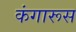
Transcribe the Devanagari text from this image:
कंगारूस